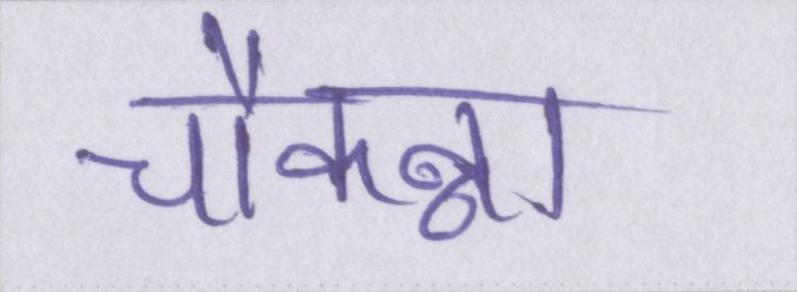
चौकन्ना